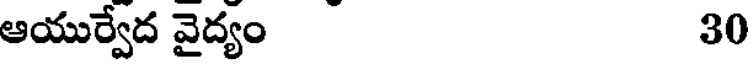
ఆయుర్వేద వైద్యం 30